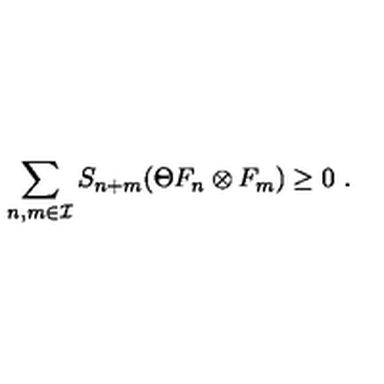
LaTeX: \sum _ { n , m \in { \cal I } } S _ { n + m } ( \Theta F _ { n } \otimes F _ { m } ) \geq 0 \ .